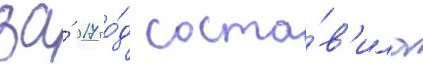
за́ 2017 го́д соста́в'ила